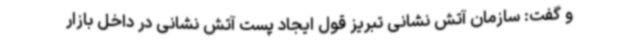
و گفت: سازمان آتش نشانی تبریز قول ایجاد پست آتش نشانی در داخل بازار